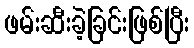
ဖမ်းဆီးခဲ့ခြင်းဖြစ်ပြီး